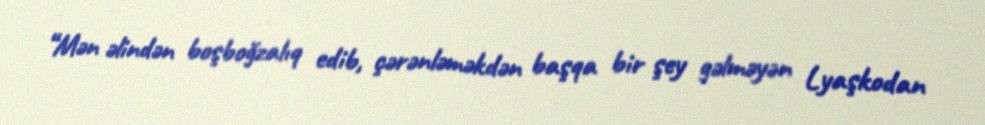
“Mən əlindən boşboğzalıq edib, çərənləməkdən başqa bir şey gəlməyən Lyaşkodan